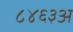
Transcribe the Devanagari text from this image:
८४६३अ